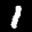
Label: 1